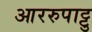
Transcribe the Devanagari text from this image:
आररुपाट्टु